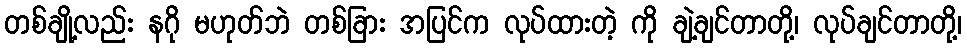
တစ်ချို့လည်း နဂို မဟုတ်ဘဲ တစ်ခြား အပြင်က လုပ်ထားတဲ့ ကို ချဲ့ချင်တာတို့၊ လုပ်ချင်တာတို့၊